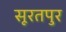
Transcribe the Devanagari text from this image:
सूरतपुर